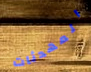
المهدئات